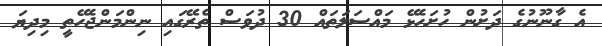
އެ ގާނޫނުގެ ދަށުން ހުށަހެޅޭ މައްސަލަތައް 30 ދުވަސް ތެރޭގައި ނިންމަންޖެހޭތީ މިދިޔަ